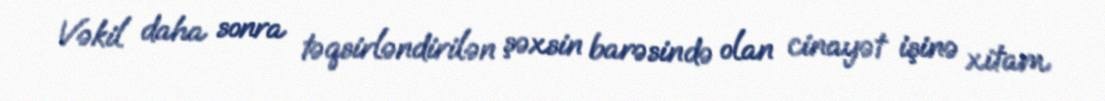
Vəkil daha sonra təqsirləndirilən şəxsin barəsində olan cinayət işinə xitam